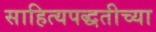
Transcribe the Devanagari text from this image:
साहित्यपद्धतीच्या